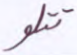
تتلو